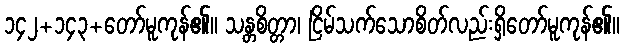
၁၄၂+၁၄၃+တော်မူကုန်၏။ သန္တစိတ္တာ၊ ငြိမ်သက်သောစိတ်လည်းရှိတော်မူကုန်၏။